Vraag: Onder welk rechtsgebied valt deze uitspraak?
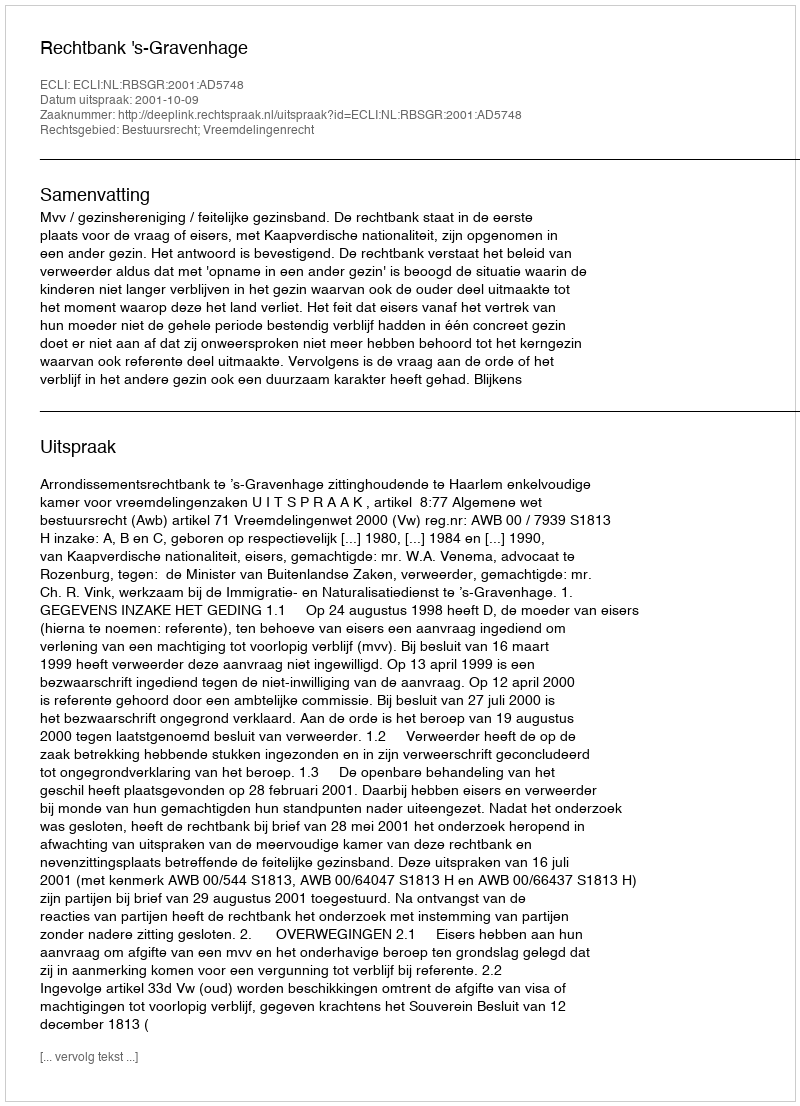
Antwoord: Bestuursrecht; Vreemdelingenrecht